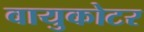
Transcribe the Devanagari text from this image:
वायुकोटर